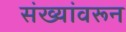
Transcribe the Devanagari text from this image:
संख्यांवरून